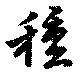
種